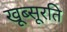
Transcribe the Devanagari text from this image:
खूब्सूरति